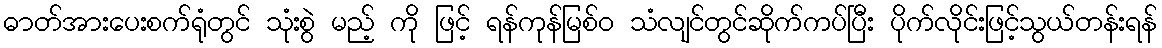
ဓာတ်အားပေးစက်ရုံတွင် သုံးစွဲ မည့် ကို ဖြင့် ရန်ကုန်မြစ်ဝ သံလျင်တွင်ဆိုက်ကပ်ပြီး ပိုက်လိုင်းဖြင့်သွယ်တန်းရန်